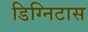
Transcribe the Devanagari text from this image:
डिग्निटास